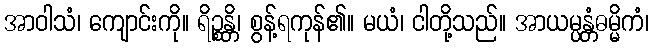
အာဝါသံ၊ ကျောင်းကို။ ရိဉ္စန္တိ၊ စွန့်ရကုန်၏။ မယံ၊ ငါတို့သည်။ အာယမ္ပန္တံဓမ္မိကံ၊